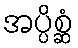
အပ္ပိစ္ဆံ